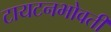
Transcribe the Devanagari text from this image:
टायटनभोवती